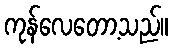
ကုန်လေတော့သည်။